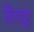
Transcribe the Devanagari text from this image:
सैल्युट